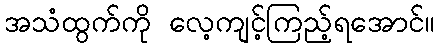
အသံထွက်ကို လေ့ကျင့်ကြည့်ရအောင်။